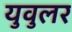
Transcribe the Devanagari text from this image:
युवुलर